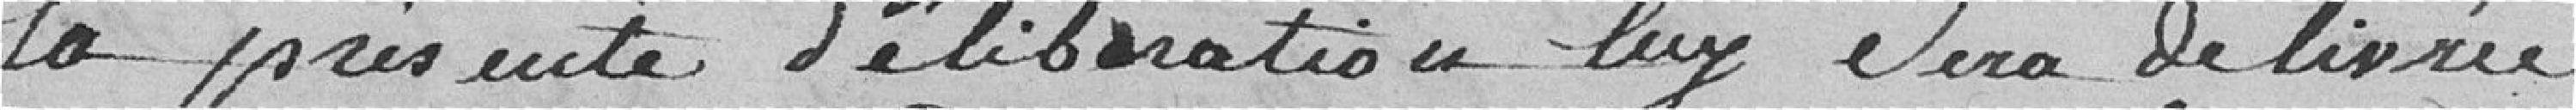
la présente délibération lui sera délivrée